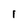
Character: 1